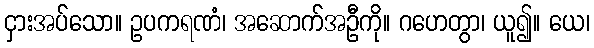
ငှားအပ်သော။ ဥပကရဏံ၊ အဆောက်အဦကို။ ဂဟေတွာ၊ ယူ၍။ ယေ၊